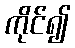
ကိုင်၍